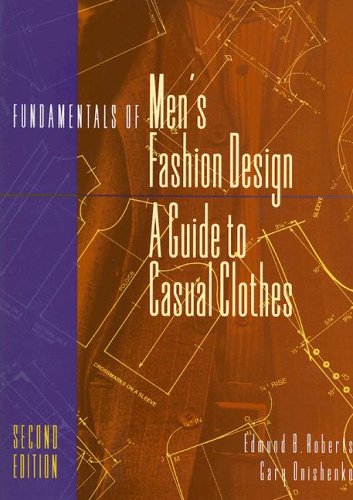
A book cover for Fundamentals of Men's Fashion Design: A Guide to Casual Clothes; Edmund B. Roberts; Health, Fitness & Dieting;